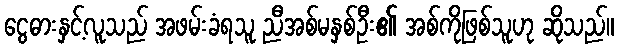
ငွေဓားနှင့်လူသည် အဖမ်းခံရသူ ညီအစ်မနှစ်ဦး၏ အစ်ကိုဖြစ်သူဟု ဆိုသည်။